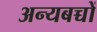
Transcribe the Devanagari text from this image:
अन्यबच्चों